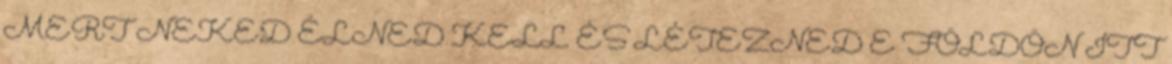
MERT NEKED ÉLNED KELL ÉS LÉTEZNED E FÖLDÖN ITT